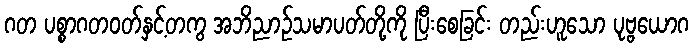
ဂတ ပစ္စာဂတဝတ်နှင့်တကွ အဘိညာဉ်သမာပတ်တို့ကို ပြီးစေခြင်း တည်းဟူသော ပုဗ္ဗယောဂ